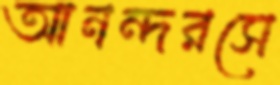
আনন্দরসে